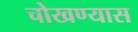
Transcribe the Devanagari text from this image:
चोखण्यास